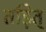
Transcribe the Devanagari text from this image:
तड़ित्‌